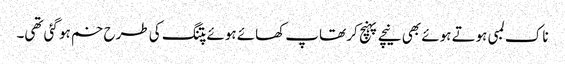
ناک لمبی ہوتے ہوئے بھی نیچے پہنچ کر تھاپ کھائے ہوئے پتنگ کی طرح خم ہو گئی تھی۔